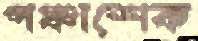
পঞ্চাশেক